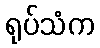
ရုပ်သံက